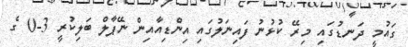
ގައުމީ ދަނޑުގައި މިރޭ ކުޅުނު ފައިނަލުގައި އިންޑިއާއިން ނޭޕާލް ބަލިކުރީ 3-0 ގެ